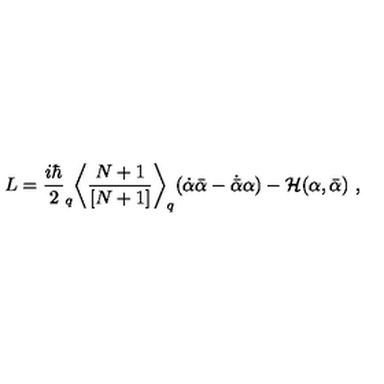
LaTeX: L = \frac { i \hbar } { 2 } _ { q } \biggl < \frac { N + 1 } { [ N + 1 ] } \biggr > _ { q } ( \dot { \alpha } \bar { \alpha } - \dot { \bar { \alpha } } \alpha ) - { \cal H } ( \alpha , \bar { \alpha } ) \ ,